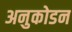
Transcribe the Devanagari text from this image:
अनुकोडन